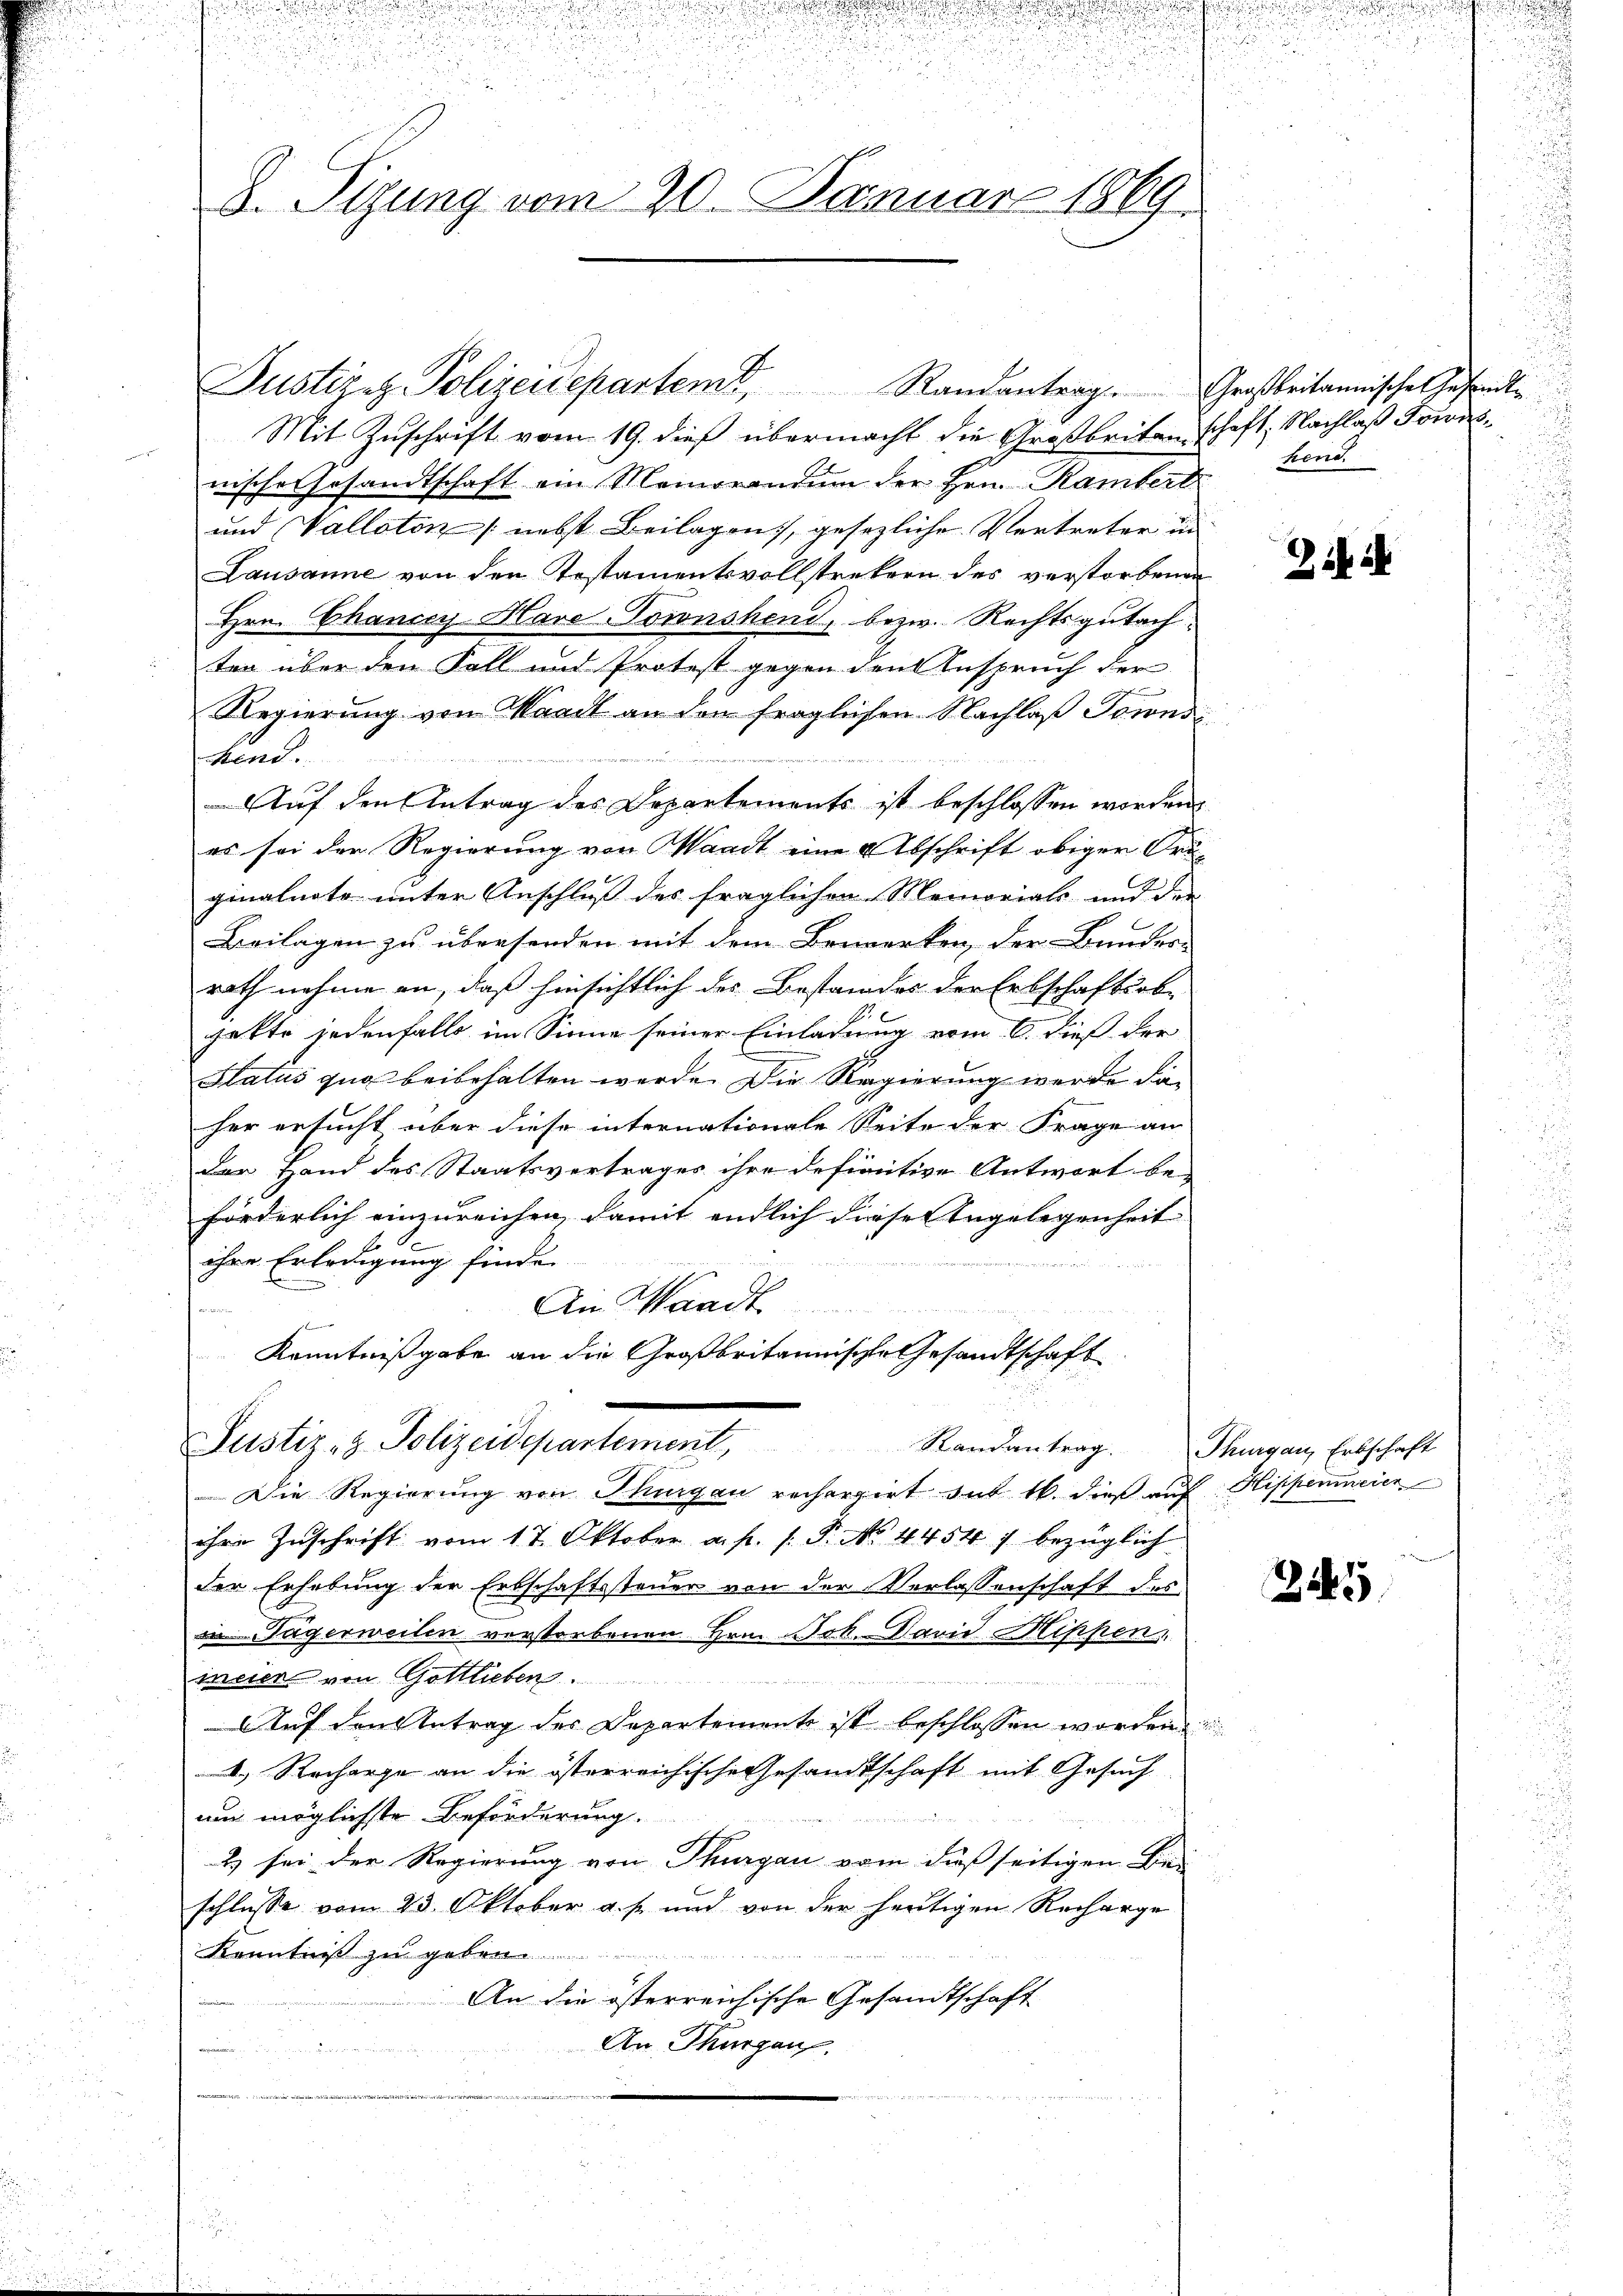
u
B. Sizung vom 20. Januar 1869

Justizen Polizeidepartemt, Randantrag. Großbritannische Gesandte
Mit Zuschrift vom 19. dieß übermacht die Großbritanschaft, Nachlaß Jowisnische Gesandtschaft ein Memorandum der Hrn. Rambert
und Valloton (nebst Beilagen, gesezliche Vertreter in
Lausanne von den Testamentsvollstrekern des verstorbenen
Hrn. Chancey Mare-Tönnshend, bezw. Rechtsgutach
ten über den Fall und Protest gegen den Anspruch der
Regierung von Waadt an den fraglichen Nachlaß Towns
Hend.
Auf den Antrag des Departements ist beschlossen worden
es sei der Regierung von Waadt eine Abschrift obiger Originalnote unter Anschluß des fraglichen Memorials und der
Beilagen zu übersenden mit dem Bemerken, der Bunder-
rath nehme an, daß hinsichtlich des Bestandes der Erbschaftsob-
jekte jedenfalls im Sinne seiner Einladung vom 6. dieß der
Status zug beibehalten werde. Die Regierung werde da-
her ersucht über diese internationale Seite der Frage an
der Hand des Staatsvertrages ihre definitive Antwort be-
förderlich einzureichen, damit endlich diese Angelegenheit
ihre Erledigung finde
An Waadt
f von einen
Kenntnißgabe an die Großbritannische Gesandtschaft

Justiz- & Polizeidepartement,

Die Regierung von Thurgau recherzirt mit 16. dieß auf Hippenmeier
ihre Zuschrift vom 17. Oktober a. f. 1. P. No 44547 bezüglich
der Erhebung der Erbschaftssteuer von der Verlassenschaft des
in Jägerweilen verstorbenen Hrn. Frk. David Hippen
ineser von Gottlieben.

Auf den Antrag der Departements ist beschlossen worden
4.) Recharge an die österreichische Gesandtschaft mit Gesuch
um möglichste Beförderung.
2 sei der Regierung von Thurgau vom dieß seitigen Be-
schlusse vom 23. Oktober a. p. und von der heutigen Recharge
Kenntniß zu geben.
An die österreichische Gesandtschaft
An Thurgau.

hend.

2

Randantrag. Thurgau, Erbschaft

245